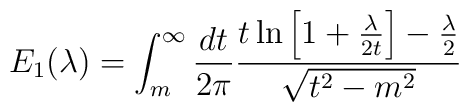
E_{1}(\lambda) =  \int_{m}^{\infty}\frac{dt}{2\pi}    \frac{t\ln\left[1+\frac{\lambda}{2t}\right]    -\frac{\lambda}{2}}{\sqrt{t^{2}-m^{2}}}